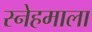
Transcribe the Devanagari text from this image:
स्नेहमाला